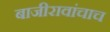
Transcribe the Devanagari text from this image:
बाजीरावांचाच